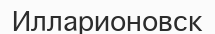
Илларионовск